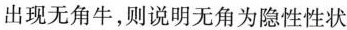
出现无角牛，则说明无角为隐性性状